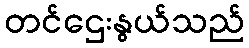
တင်ဌေးနွယ်သည်